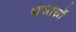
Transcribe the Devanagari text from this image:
शस्रास्रों